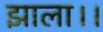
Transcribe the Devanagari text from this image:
झाला।।